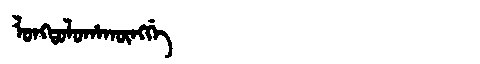
Manchu: ᠯᠣᠩᡨᠣᠯᠣᡥᠠᡴᡡᠩᡤᡝ
Romanization: LONGTOLOHAKŪNGGE